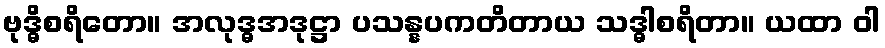
ဗုဒ္ဓိစရိတော။ အလုဒ္ဓအဒုဋ္ဌာ ပသန္နပကတိတာယ သဒ္ဓါစရိတာ။ ယထာ ဝါ